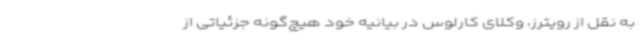
به نقل از رویترز، وکلای کارلوس در بیانیه‌ خود هیچ‌گونه جزئیاتی از